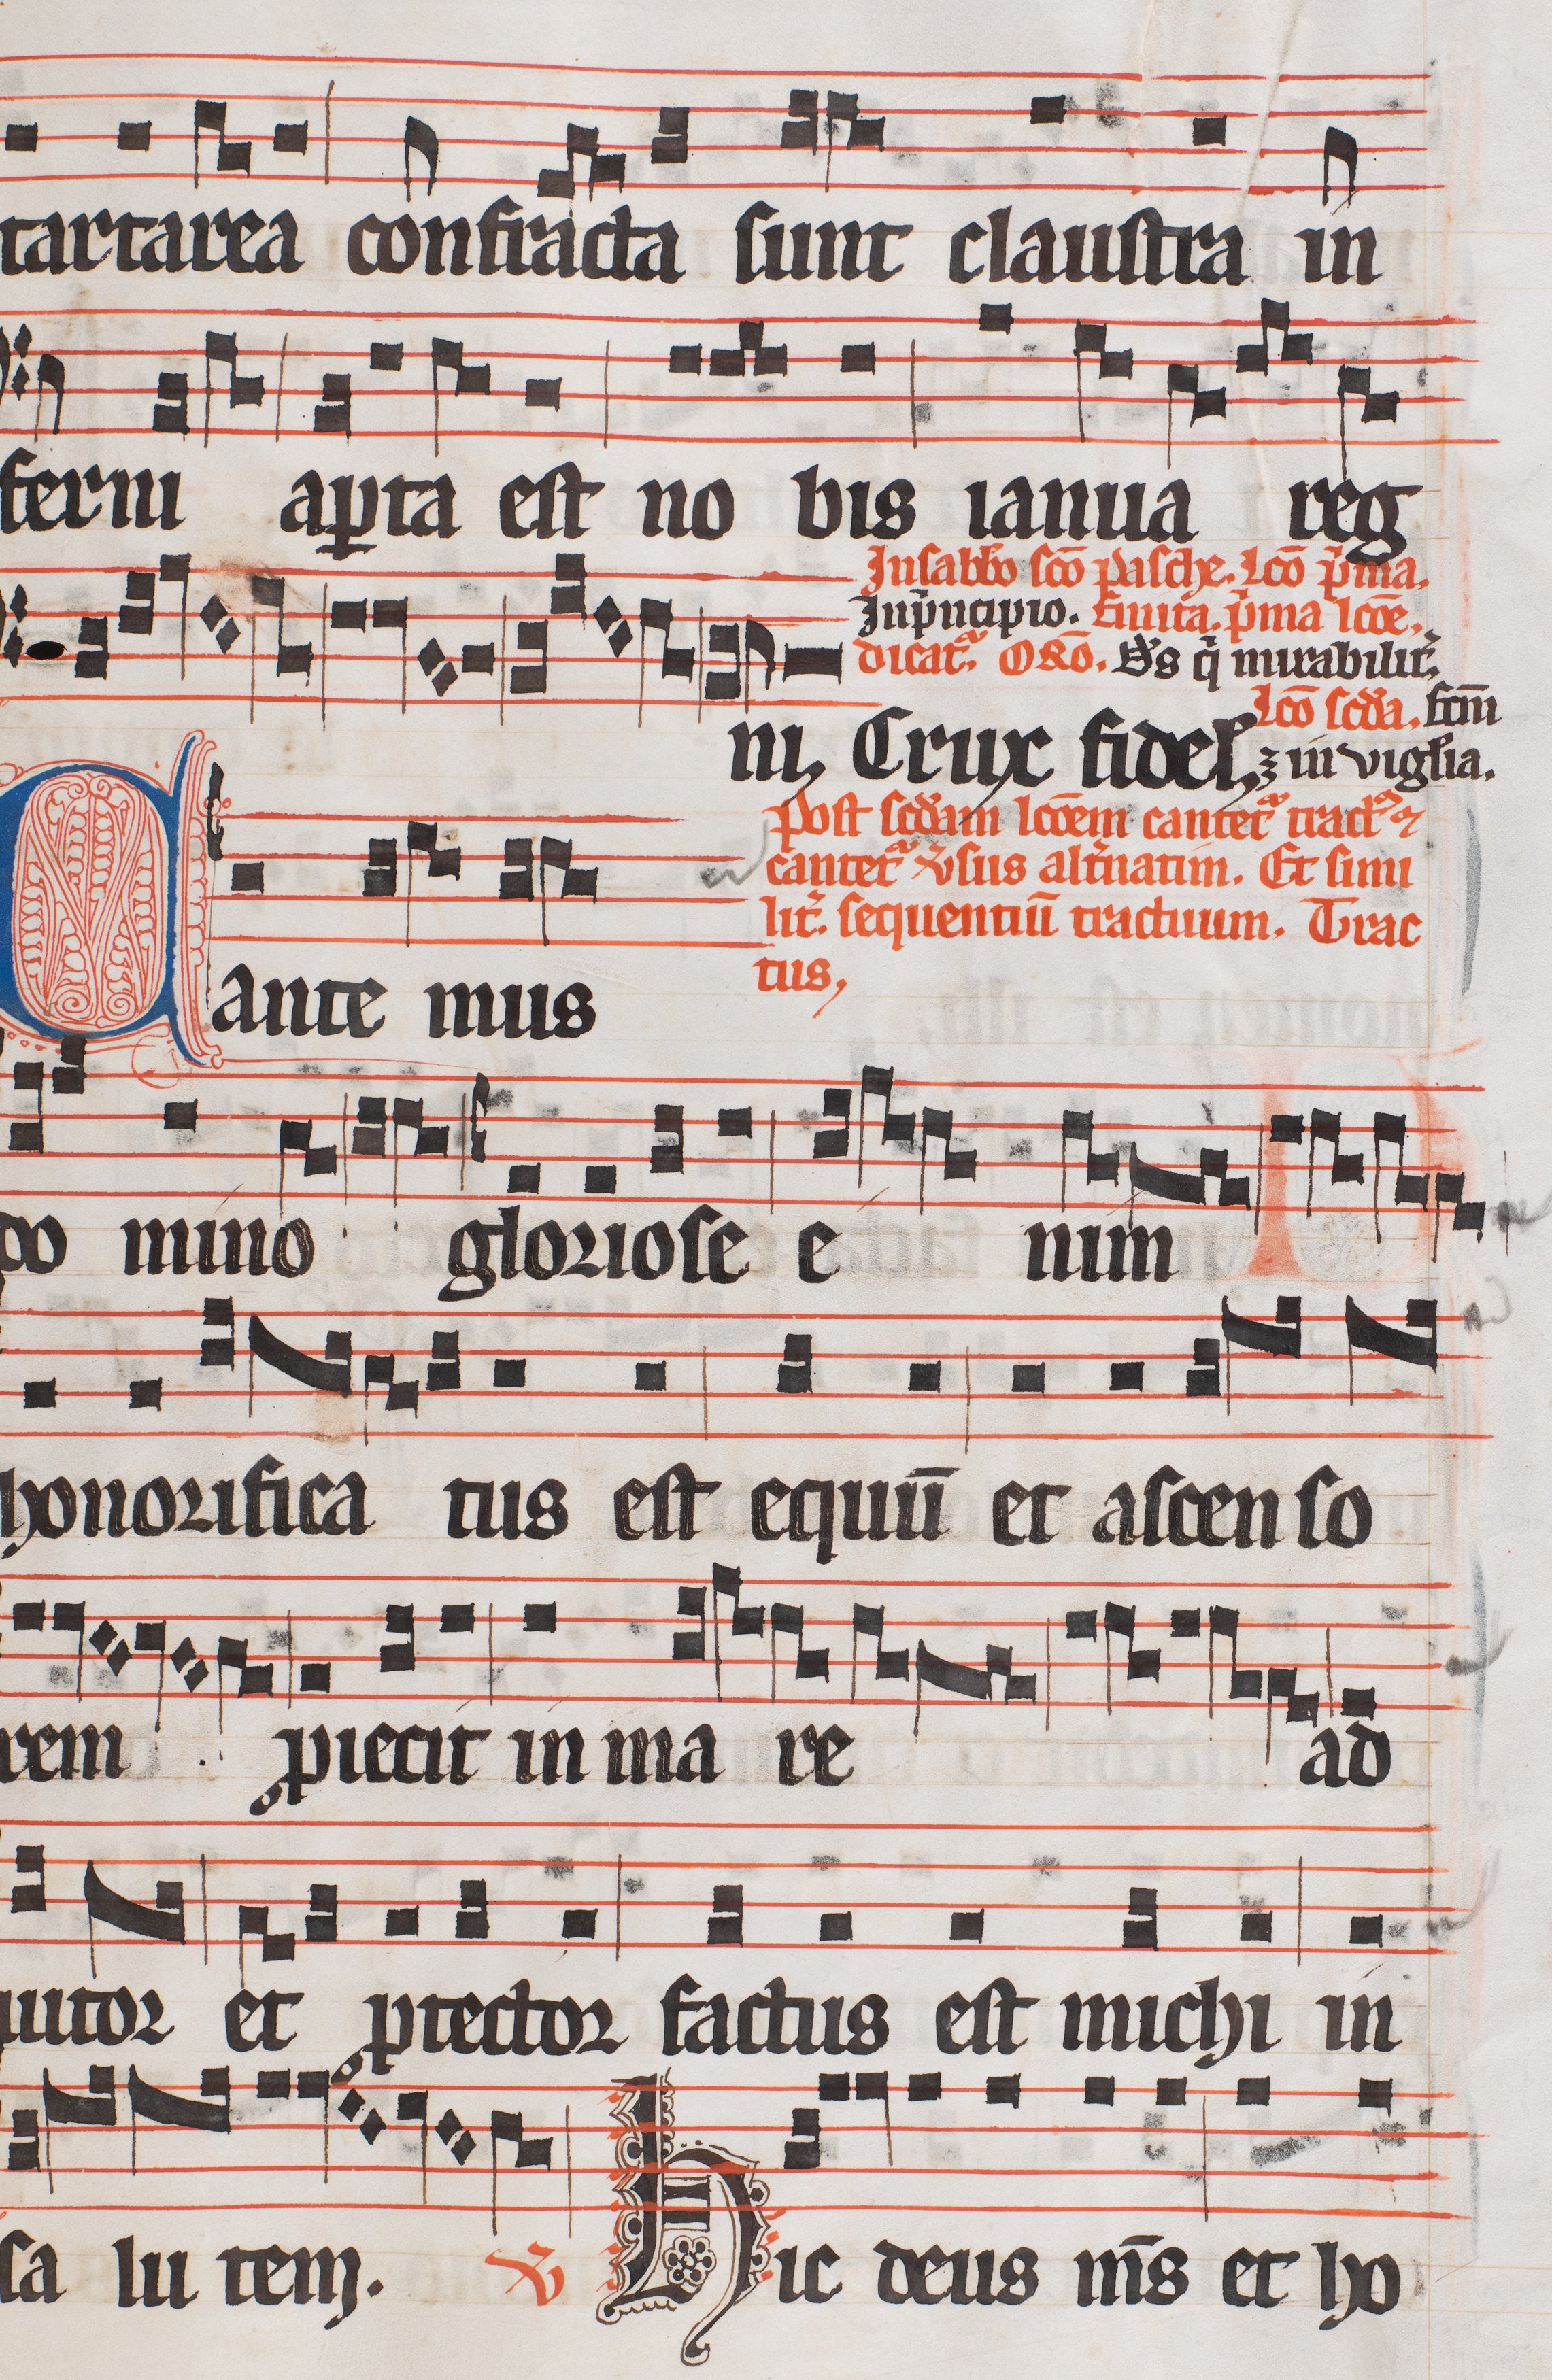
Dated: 1300–1327